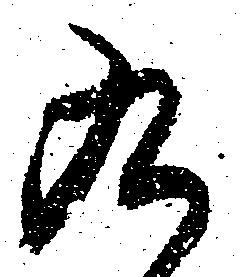
九